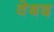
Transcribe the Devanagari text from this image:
वेबद